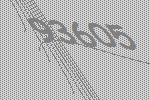
93605